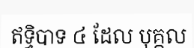
ឥទ្ធិបាទ ៤ ដែល បុគ្គល